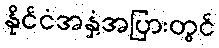
နိုင်ငံအနှံ့အပြားတွင်